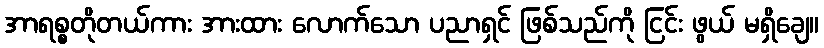
အာရစ္စတိုတယ်ကား အားထား လောက်သော ပညာရှင် ဖြစ်သည်ကို ငြင်း ဖွယ် မရှိချေ။